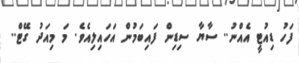
ފަހު ޑިއުޓީ އެއްނު.. ސާޔާ ސިޑިން ފައިބަމުން އަހައިލިއެވެ. މަ މިއަދު ގޭޓް..